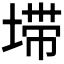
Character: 𰊂